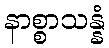
နာစ္စာသန္နံ